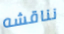
نناقشه